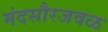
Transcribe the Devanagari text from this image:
मंदसौरजवळ